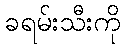
ခရမ်းသီးကို